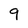
Character: 9